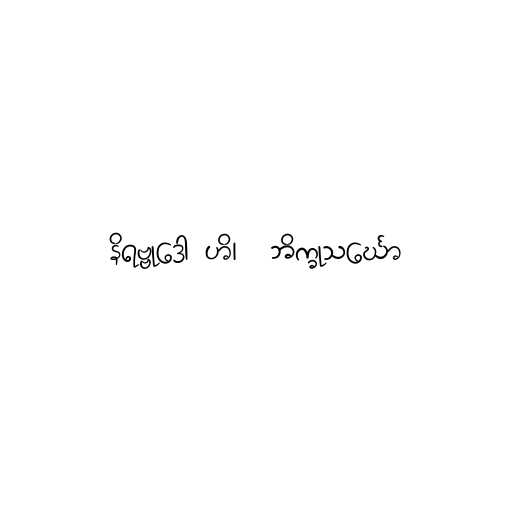
နိရဗ္ဗုဒော ဟိ၊  ဘိက္ခုသင်္ဃော